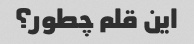
این قلم چطور؟